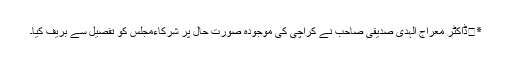
٭	ڈاکٹر معراج الہدیٰ صدیقی صاحب نے کراچی کی موجودہ صورت حال پر شرکاءمجلس کو تفصیل سے بریف کیا۔